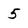
Character: 5